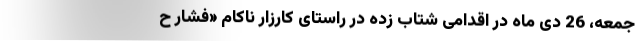
جمعه، 26 دی ماه در اقدامی شتاب زده در راستای کارزار ناکام «فشار ح